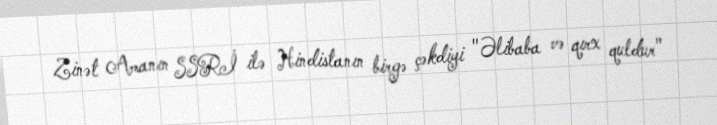
Zinət Amanın SSRİ ilə Hindistanın birgə çəkdiyi "Əlibaba və qırx quldur"